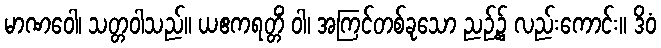
မာဏဝေါ၊ သတ္တဝါသည်။ ယဧကရတ္တိံ ဝါ၊ အကြင်တစ်ခုသော ညဉ့်၌ လည်းကောင်း။ ဒိဝံ